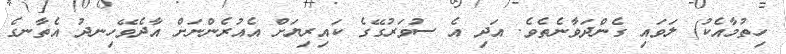
ހިތުމާއެކު) ލަވައި ގެންދަވާނެތެވެ. އަދި އެ ސުވަރުގޭގެ ކައިރިޔަށް އެއުރެންނަށް އާދެވޭހިނދު އެތާނގެ